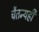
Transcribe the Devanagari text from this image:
चैतन्यही